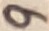
Text: 9